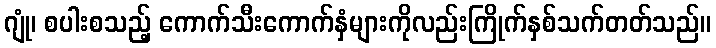
ဂျုံ၊ စပါးစသည့် ကောက်သီးကောက်နှံများကိုလည်းကြိုက်နှစ်သက်တတ်သည်။